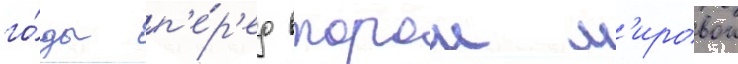
го́ды п'е́р'ед второи м'ировои